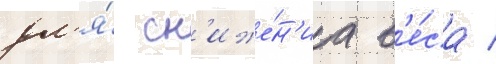
дл'я́ сн'иже́н'иа в'е́са /